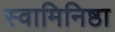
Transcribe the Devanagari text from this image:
स्वामिनिष्ठा